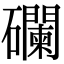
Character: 䃹